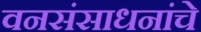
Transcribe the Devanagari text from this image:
वनसंसाधनांचे